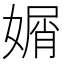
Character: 𡟩